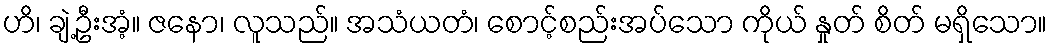
ဟိ၊ ချဲ့ဦးအံ့။ ဇနော၊ လူသည်။ အသံယတံ၊ စောင့်စည်းအပ်သော ကိုယ် နှုတ် စိတ် မရှိသော။